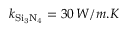
k _ { \mathrm { S i _ { 3 } N _ { 4 } } } = 3 0 \, W / m . K